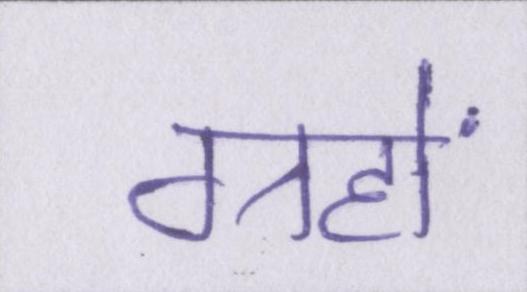
ग्रहों